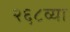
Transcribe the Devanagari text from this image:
२६८व्या